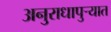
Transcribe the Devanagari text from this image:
अनुराधापुऱ्यात